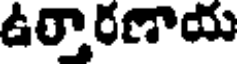
ఉర్తారణాయ